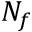
N _ { f }